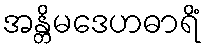
အန္တိမဒေဟဓာရိံ